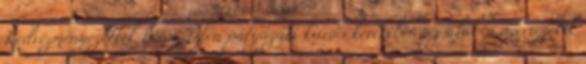
Kedvezményezettek köre: Jelen pályázati kiírás keretében az alábbi szervezetek